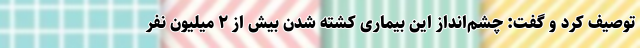
توصیف کرد و گفت: چشم‌انداز این بیماری کشته شدن بیش از ۲ میلیون نفر